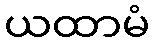
ယထာမံ